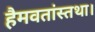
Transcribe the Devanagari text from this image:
हैमवतांस्तथा।